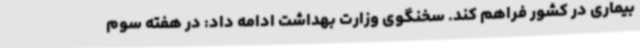
بیماری در کشور فراهم کند. سخنگوی وزارت بهداشت ادامه داد: در هفته سوم